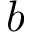
b